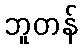
ဘူတန်